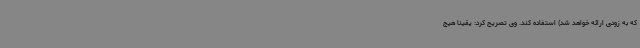
که به زودی ارائه خواهد شد) استفاده کند. وی تصریح کرد: یقیناً هیج